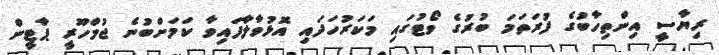
ރިޔާސީ އިންތިހާބުގެ ފުރަތަމަ ބުރުގެ ވޯޓުގައި މަކަރުހަދައި އޮޅުވާލާފައިވާ ކަމަށްބުނެ ޖުމްހޫރީ ޕާޓީން